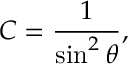
C = { \frac { 1 } { \sin ^ { 2 } \theta } } ,